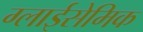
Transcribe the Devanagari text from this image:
ग्लाईसेमिक